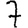
Digit: 7